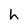
Character: h